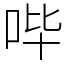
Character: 哔